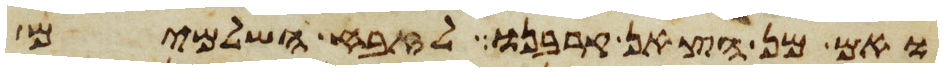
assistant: ואם מן הצאן קרבנו לזבח השלמים